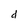
Character: d